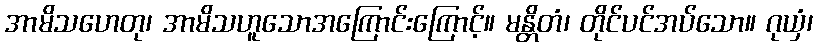
အာမိသဟေတု၊ အာမိသဟူသောအကြောင်းကြောင့်။ မန္တိတံ၊ တိုင်ပင်အပ်သော။ ဂုယှံ၊